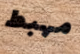
مهبط